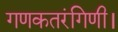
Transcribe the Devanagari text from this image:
गणकतरंगिणी।